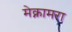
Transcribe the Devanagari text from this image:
मेक्नामरा